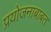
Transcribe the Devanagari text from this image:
प्रयोजनाबाबत